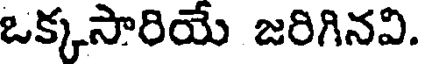
ఒక్కసారియే జరిగినవి.